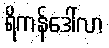
ရိကန်ဒေါ်လာ